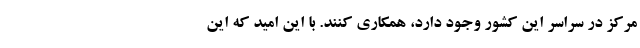
مرکز در سراسر این کشور وجود دارد، همکاری کنند. با این امید که این